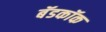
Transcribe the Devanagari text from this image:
बॅडकॉक